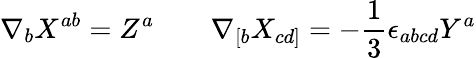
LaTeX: \nabla_{b}X^{ab}=Z^{a}\qquad\nabla_{[b}X_{cd]}=-\frac{1}{3}\epsilon_{abcd}Y^{a}